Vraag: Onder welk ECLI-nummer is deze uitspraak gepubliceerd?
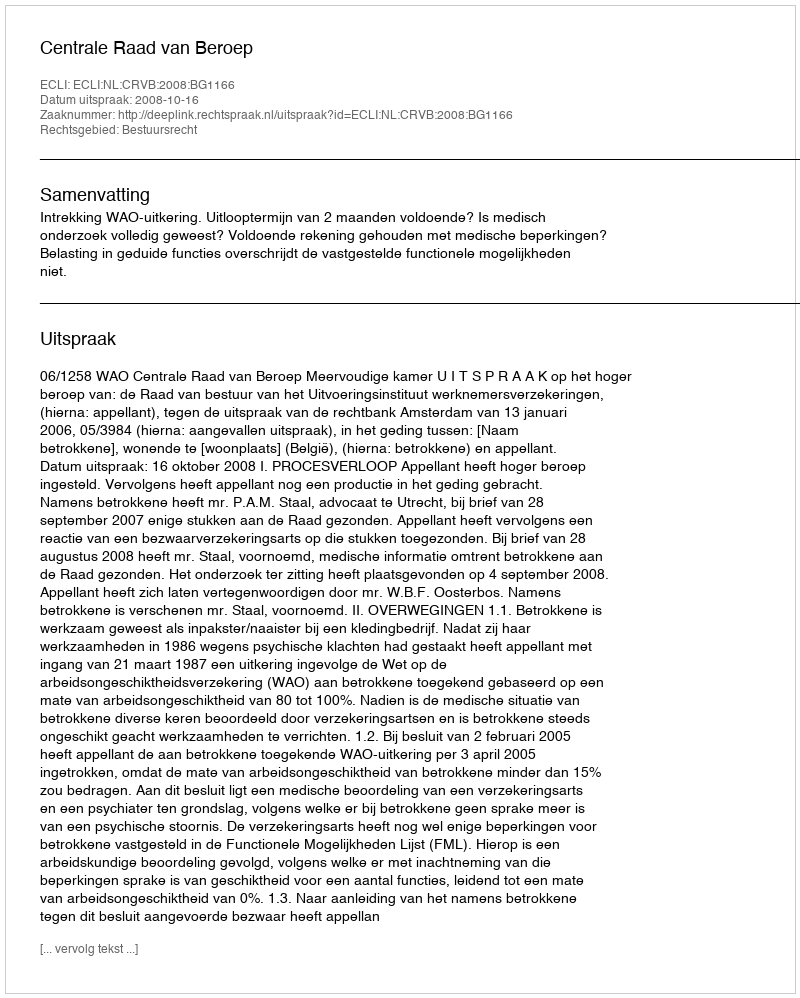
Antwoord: ECLI:NL:CRVB:2008:BG1166